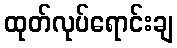
ထုတ်လုပ်ရောင်းချ